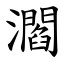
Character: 㶄